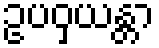
ဥပဝှယန္တာ